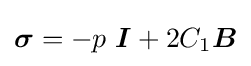
{\boldsymbol {\sigma }}=-p~{\boldsymbol {I}}+2C_{1}{\boldsymbol {B}}